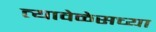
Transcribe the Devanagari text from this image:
त्यावेळेसच्या